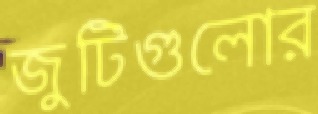
জুটিগুলোর